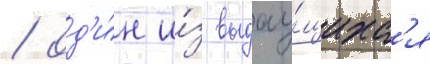
/ од'и́н и́з выдау́щихс'я